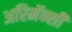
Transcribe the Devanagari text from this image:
अरिमॅन्सी